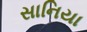
સાનિયા